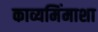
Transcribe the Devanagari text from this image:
काव्यमिंमाशा